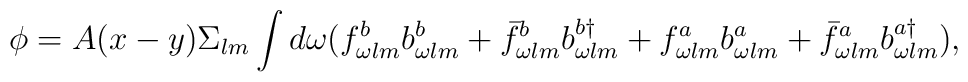
\phi = A(x-y) \Sigma_{lm}\int d\omega ( f^{b}_{\omega lm} b^{b}_{\omega lm} +\bar{f}^{b}_{\omega lm} b^{b \dagger}_{\omega lm} +f^{a}_{\omega lm} b^{a}_{\omega lm} + \bar{f}^{a}_{\omega lm} b^{a \dagger}_{\omega lm}),